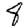
Digit: 8